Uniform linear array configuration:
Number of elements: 16
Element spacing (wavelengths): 0.75
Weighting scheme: hamming
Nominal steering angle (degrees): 45
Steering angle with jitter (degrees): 43.334
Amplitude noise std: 0.05
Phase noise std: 0.05

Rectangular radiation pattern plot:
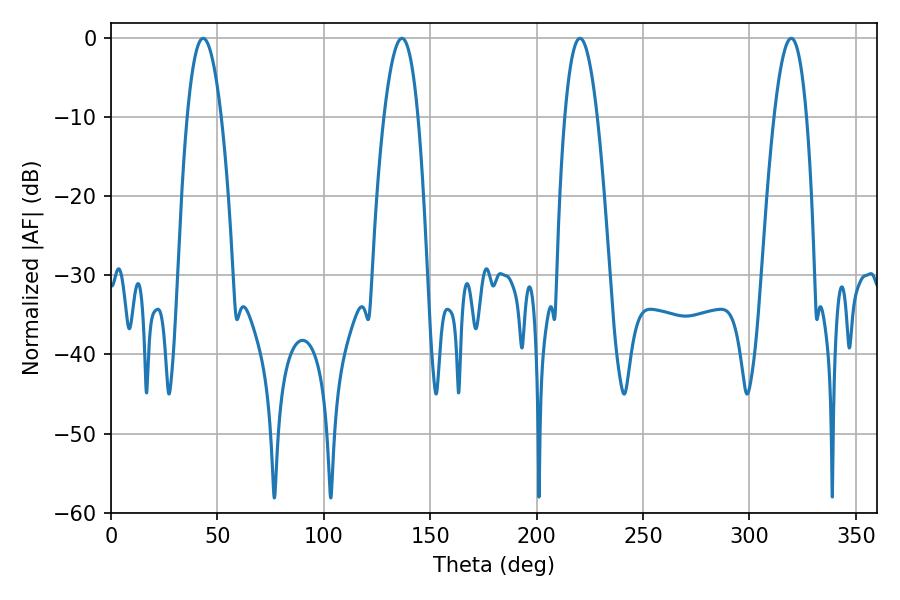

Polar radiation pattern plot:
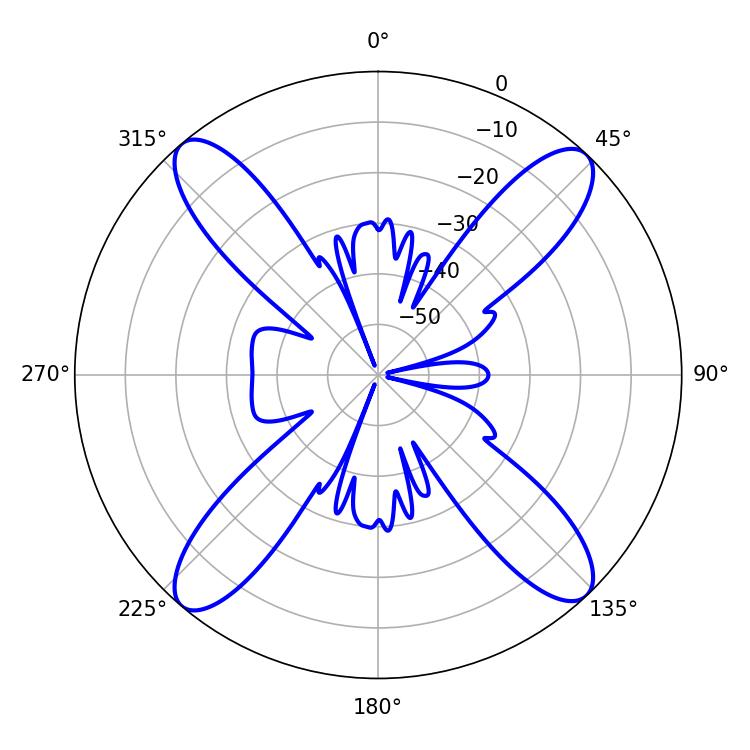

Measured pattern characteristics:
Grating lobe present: TRUE
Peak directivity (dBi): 19.574
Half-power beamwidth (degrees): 8.28
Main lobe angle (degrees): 220.32